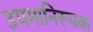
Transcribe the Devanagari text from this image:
उपमानिरूपक